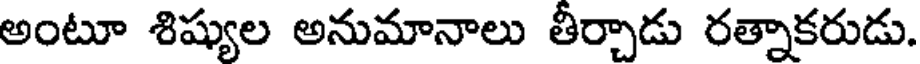
అంటూ శిష్యుల అనుమానాలు తీర్చాడు రత్నాకరుడు.